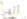
آلهي